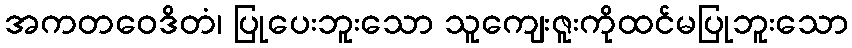
အကတဝေဒိတံ၊ ပြုပေးဘူးသော သူကျေးဇူးကိုထင်မပြုဘူးသော